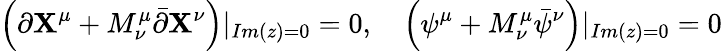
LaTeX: \left(\partial\mathbf{X}^{\mu}+M_{\nu}^{\mu}\bar{{\partial}}\mathbf{X}^{\nu}\right)|_{Im(z)=0}=0,\quad\left(\psi^{\mu}+M_{\nu}^{\mu}\bar{{\psi}}^{\nu}\right)|_{Im(z)=0}=0